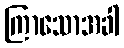
ကြာသောအခါ